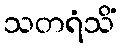
သတရံသိံ